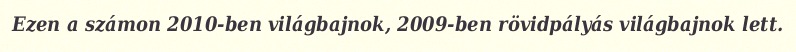
Ezen a számon 2010-ben világbajnok, 2009-ben rövidpályás világbajnok lett.